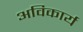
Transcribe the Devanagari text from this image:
अविकार्य